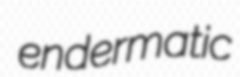
endermatic